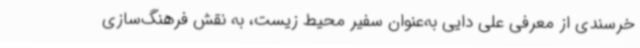
خرسندی از معرفی علی دایی به‌عنوان سفیر محیط زیست، به نقش فرهنگ‌سازی